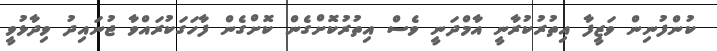
ކުންފުނިން ވަޒީފާ އިތުރުކުރާނީ އާމްދަނީ ވެސް އިތުރުކޮށްގެން ކޮށްގެން ފާހަގަކުރައްވާ ޖުނައިދު ވިދާޅުވީ